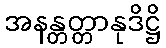
အနန္တတ္တာနုဒိဋ္ဌိ